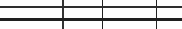
٢١